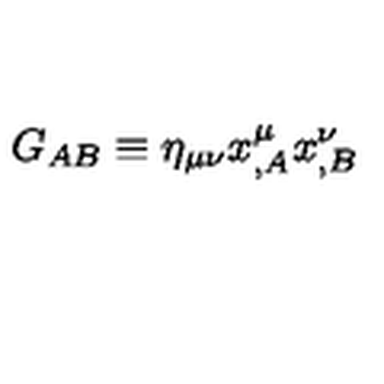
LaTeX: G _ { A B } \equiv \eta _ { \mu \nu } x _ { , A } ^ { \mu } x _ { , B } ^ { \nu }